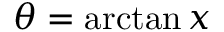
\theta = \arctan x